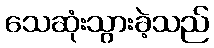
သေဆုံးသွားခဲ့သည်